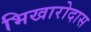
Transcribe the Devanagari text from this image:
भिखारोदास